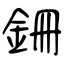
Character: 銏